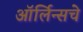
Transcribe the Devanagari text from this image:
ऑर्लिन्सचे